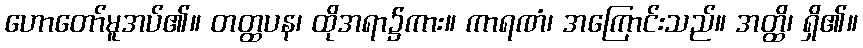
ဟောတော်မူအပ်၏။ တတ္ထပန၊ ထိုအရာ၌ကား။ ကာရဏံ၊ အကြောင်းသည်။ အတ္ထိ၊ ရှိ၏။